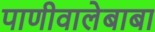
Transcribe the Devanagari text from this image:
पाणीवालेबाबा